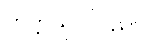
တက္ကသိုလ်ပညာ